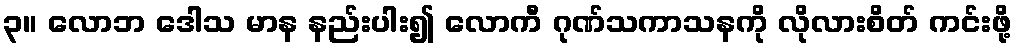
၃။ လောဘ ဒေါသ မာန နည်းပါး၍ လောကီ ဂုဏ်သကာသနကို လိုလားစိတ် ကင်းဖို့